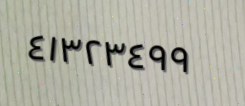
٤١٣٢٣٤٩٩